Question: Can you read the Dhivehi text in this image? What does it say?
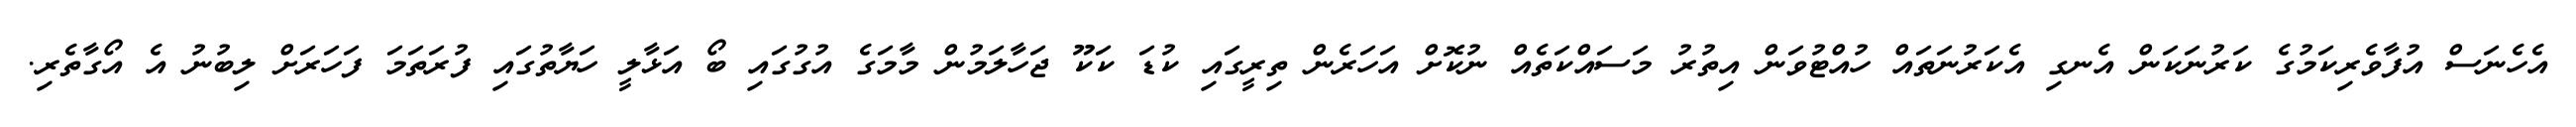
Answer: އެހެނަސް އުފާވެރިކަމުގެ ކަރުނަކަން އެނގި އެކަރުނަތައް ހުއްޓުވަން އިތުރު މަސައްކަތެއް ނުކޮށް އަހަރެން ތިރީގައި ކުޑަ ކަކޫ ޖަހާލަމުން މާމަގެ އުގުގައި ބޯ އަޅާލީ ހަޔާތުގައި ފުރަތަމަ ފަހަރަށް ލިބުނު އެ އޯގާތެރި.